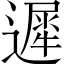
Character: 遲